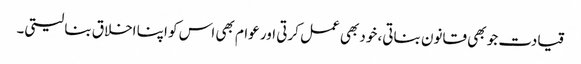
قیادت جو بھی قانون بناتی، خود بھی عمل کرتی اور عوام بھی اس کو اپنا اخلاق بنا لیتی۔